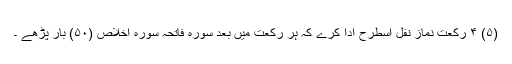
(۵) ۴ رکعت نمازِ نفل اسطرح ادا کرے کہ ہر رکعت میں بعد سورہ فاتحہ سورہ اخلاص (۵۰) بار پڑھے ۔